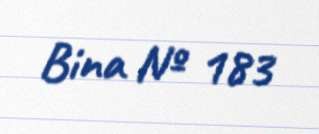
Bina № 183